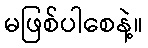
မဖြစ်ပါစေနဲ့။